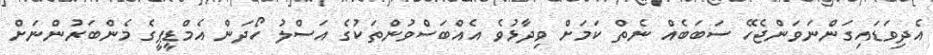
އެދިވަޑައިގަންނަވަންޖެހޭ ސަބަބެއް ނެތް ކަމަށް ވިދާޅުވެ އެއްބަސްވުންތަކުގެ އަސްލު ހޯދަން އެމްޑީޕީގެ މެންބަރުންނަށް